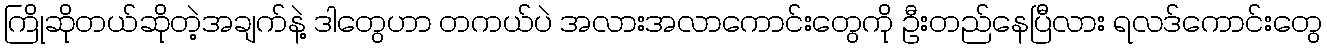
ကြိုဆိုတယ်ဆိုတဲ့အချက်နဲ့ ဒါတွေဟာ တကယ်ပဲ အလားအလာကောင်းတွေကို ဦးတည်နေပြီလား ရလဒ်ကောင်းတွေ